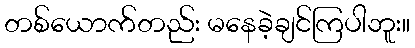
တစ်ယောက်တည်း မနေခဲ့ချင်ကြပါဘူး။